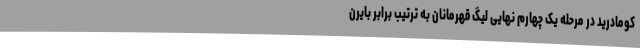
کومادرید در مرحله یک چهارم نهایی لیگ قهرمانان به ترتیب برابر بایرن